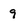
Character: 9